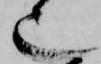
也